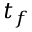
t _ { f }